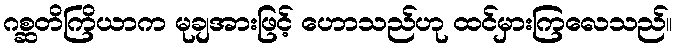
ဂစ္ဆတိကြိယာက မုချအားဖြင့် ဟောသည်ဟု ထင်မှားကြလေသည်။